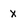
Character: x